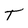
Character: T